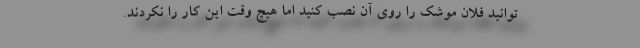
‌توانید فلان موشک را روی آن نصب کنید اما هیچ وقت این کار را نکردند.